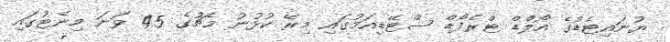
ޔުނައިޓެޑުގެ އޯލްޑް ޓްރެފޯޑް ސްޓޭޑިއަމުގައި މިރޭ ކުޅުނު މެޗުގެ 45 ވަނަ މިިނެޓުގައި